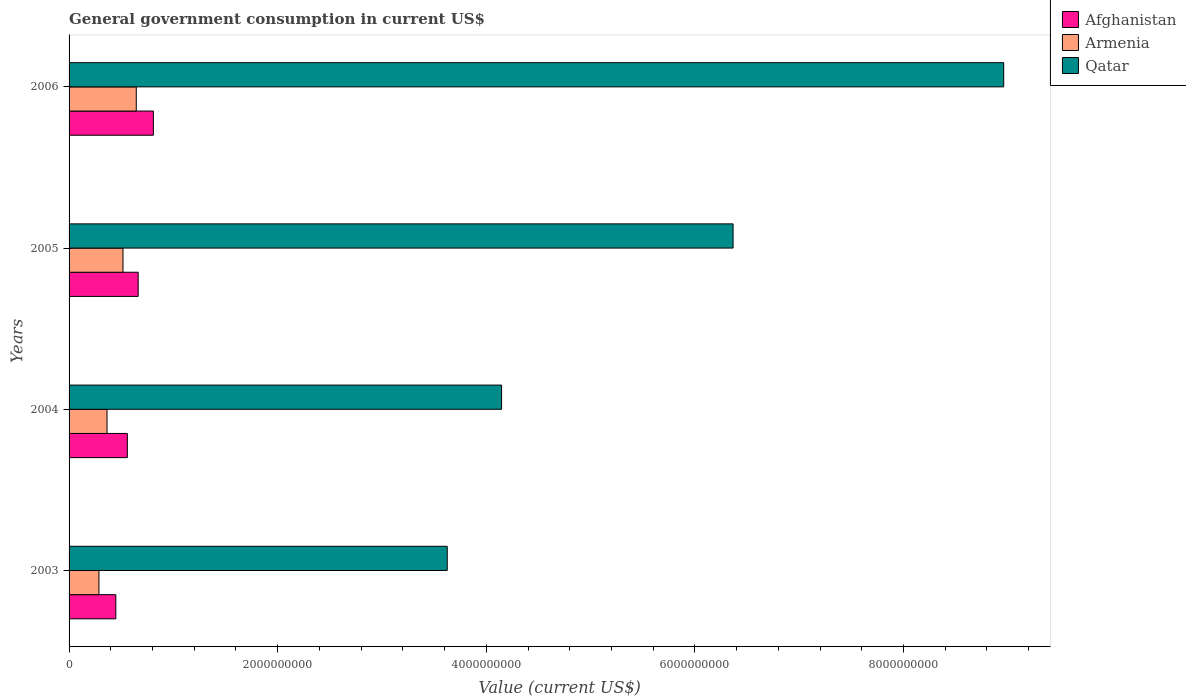
| Years | Afghanistan | Armenia | Qatar |
 | --- | --- | --- | --- |
 | 2003 | 4.48e+08 | 2.87e+08 | 3.63e+09 |
 | 2004 | 5.59e+08 | 3.64e+08 | 4.15e+09 |
 | 2005 | 6.63e+08 | 5.17e+08 | 6.37e+09 |
 | 2006 | 8.08e+08 | 6.44e+08 | 8.96e+09 |